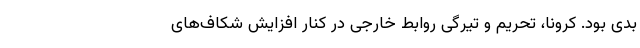
بدی بود. کرونا، تحریم و تیرگی روابط خارجی در کنار افزایش شکاف‌های